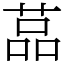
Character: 䓵